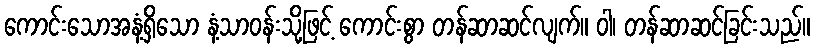
ကောင်းသောအနံ့ရှိသော နံ့သာဝန်းသို့ဖြင့် ကောင်းစွာ တန်ဆာဆင်လျက်။ ဝါ၊ တန်ဆာဆင်ခြင်းသည်။